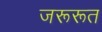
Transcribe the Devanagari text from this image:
जरूरूत